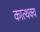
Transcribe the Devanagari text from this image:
कात्थक्य